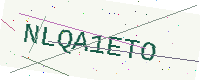
Text: NLQA1ETO